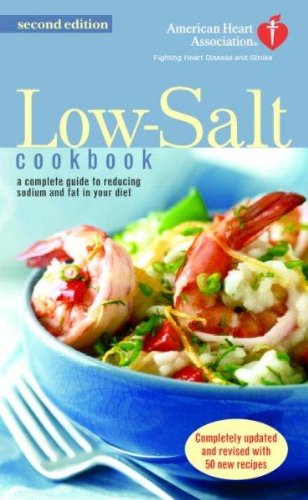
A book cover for The American Heart Association Low-Salt Cookbook: A Complete Guide to Reducing Sodium and Fat in Your Diet (AHA, American Heart; American Heart Association; Health, Fitness & Dieting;